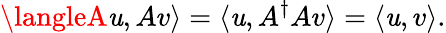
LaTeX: \langleA\mathit{u},Av\rangle=\langle\mathit{u},A^{\dagger}Av\rangle=\langle\mathit{u},v\rangle.